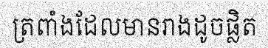
ត្រពាំងដែលមានរាងដូចផ្លិត